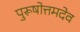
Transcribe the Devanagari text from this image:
पुरूषोत्तमदेव